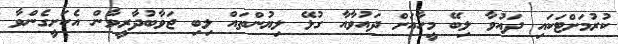
ކުރުމަށްޓަކައި ދައުވާ ލިބޭ މީހާއަށް ދައުވާއާ ގުޅޭ ލިޔުންތައް ލިބި ޖަވާބުދާރީވާން އެކަށީގެންވާ